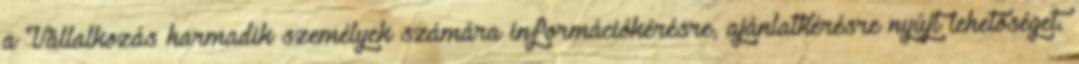
a Vállalkozás harmadik személyek számára információkérésre, ajánlatkérésre nyújt lehetőséget.